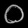
Digit: ၀